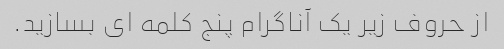
از حروف زیر یک آناگرام پنج کلمه ای بسازید.